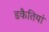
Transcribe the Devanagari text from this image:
डकैतियां